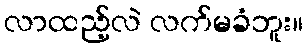
လာထည့်လဲ လက်မခံဘူး။